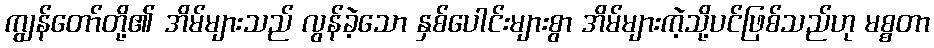
ကျွန်တော်တို့၏ အိမ်များသည် လွန်ခဲ့သော နှစ်ပေါင်းများစွာ အိမ်များကဲ့သို့ပင်ဖြစ်သည်ဟု မစ္စတာ